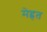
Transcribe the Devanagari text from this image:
मेह्नत